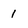
Character: 1